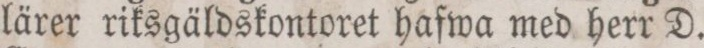
lärer riksgäldskontoret hafwa med herr D.